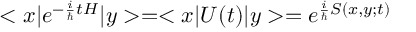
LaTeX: < x | e ^ { - { \frac { i } { \hbar } } t H } | y > = < x | U ( t ) | y > = e ^ { { \frac { i } { \hbar } } S ( x , y ; t ) }